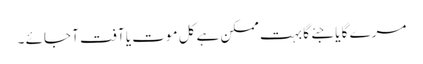
مرے گا یا جئے گا بہت ممکن ہے کل موت یا آفت آ جائے ۔